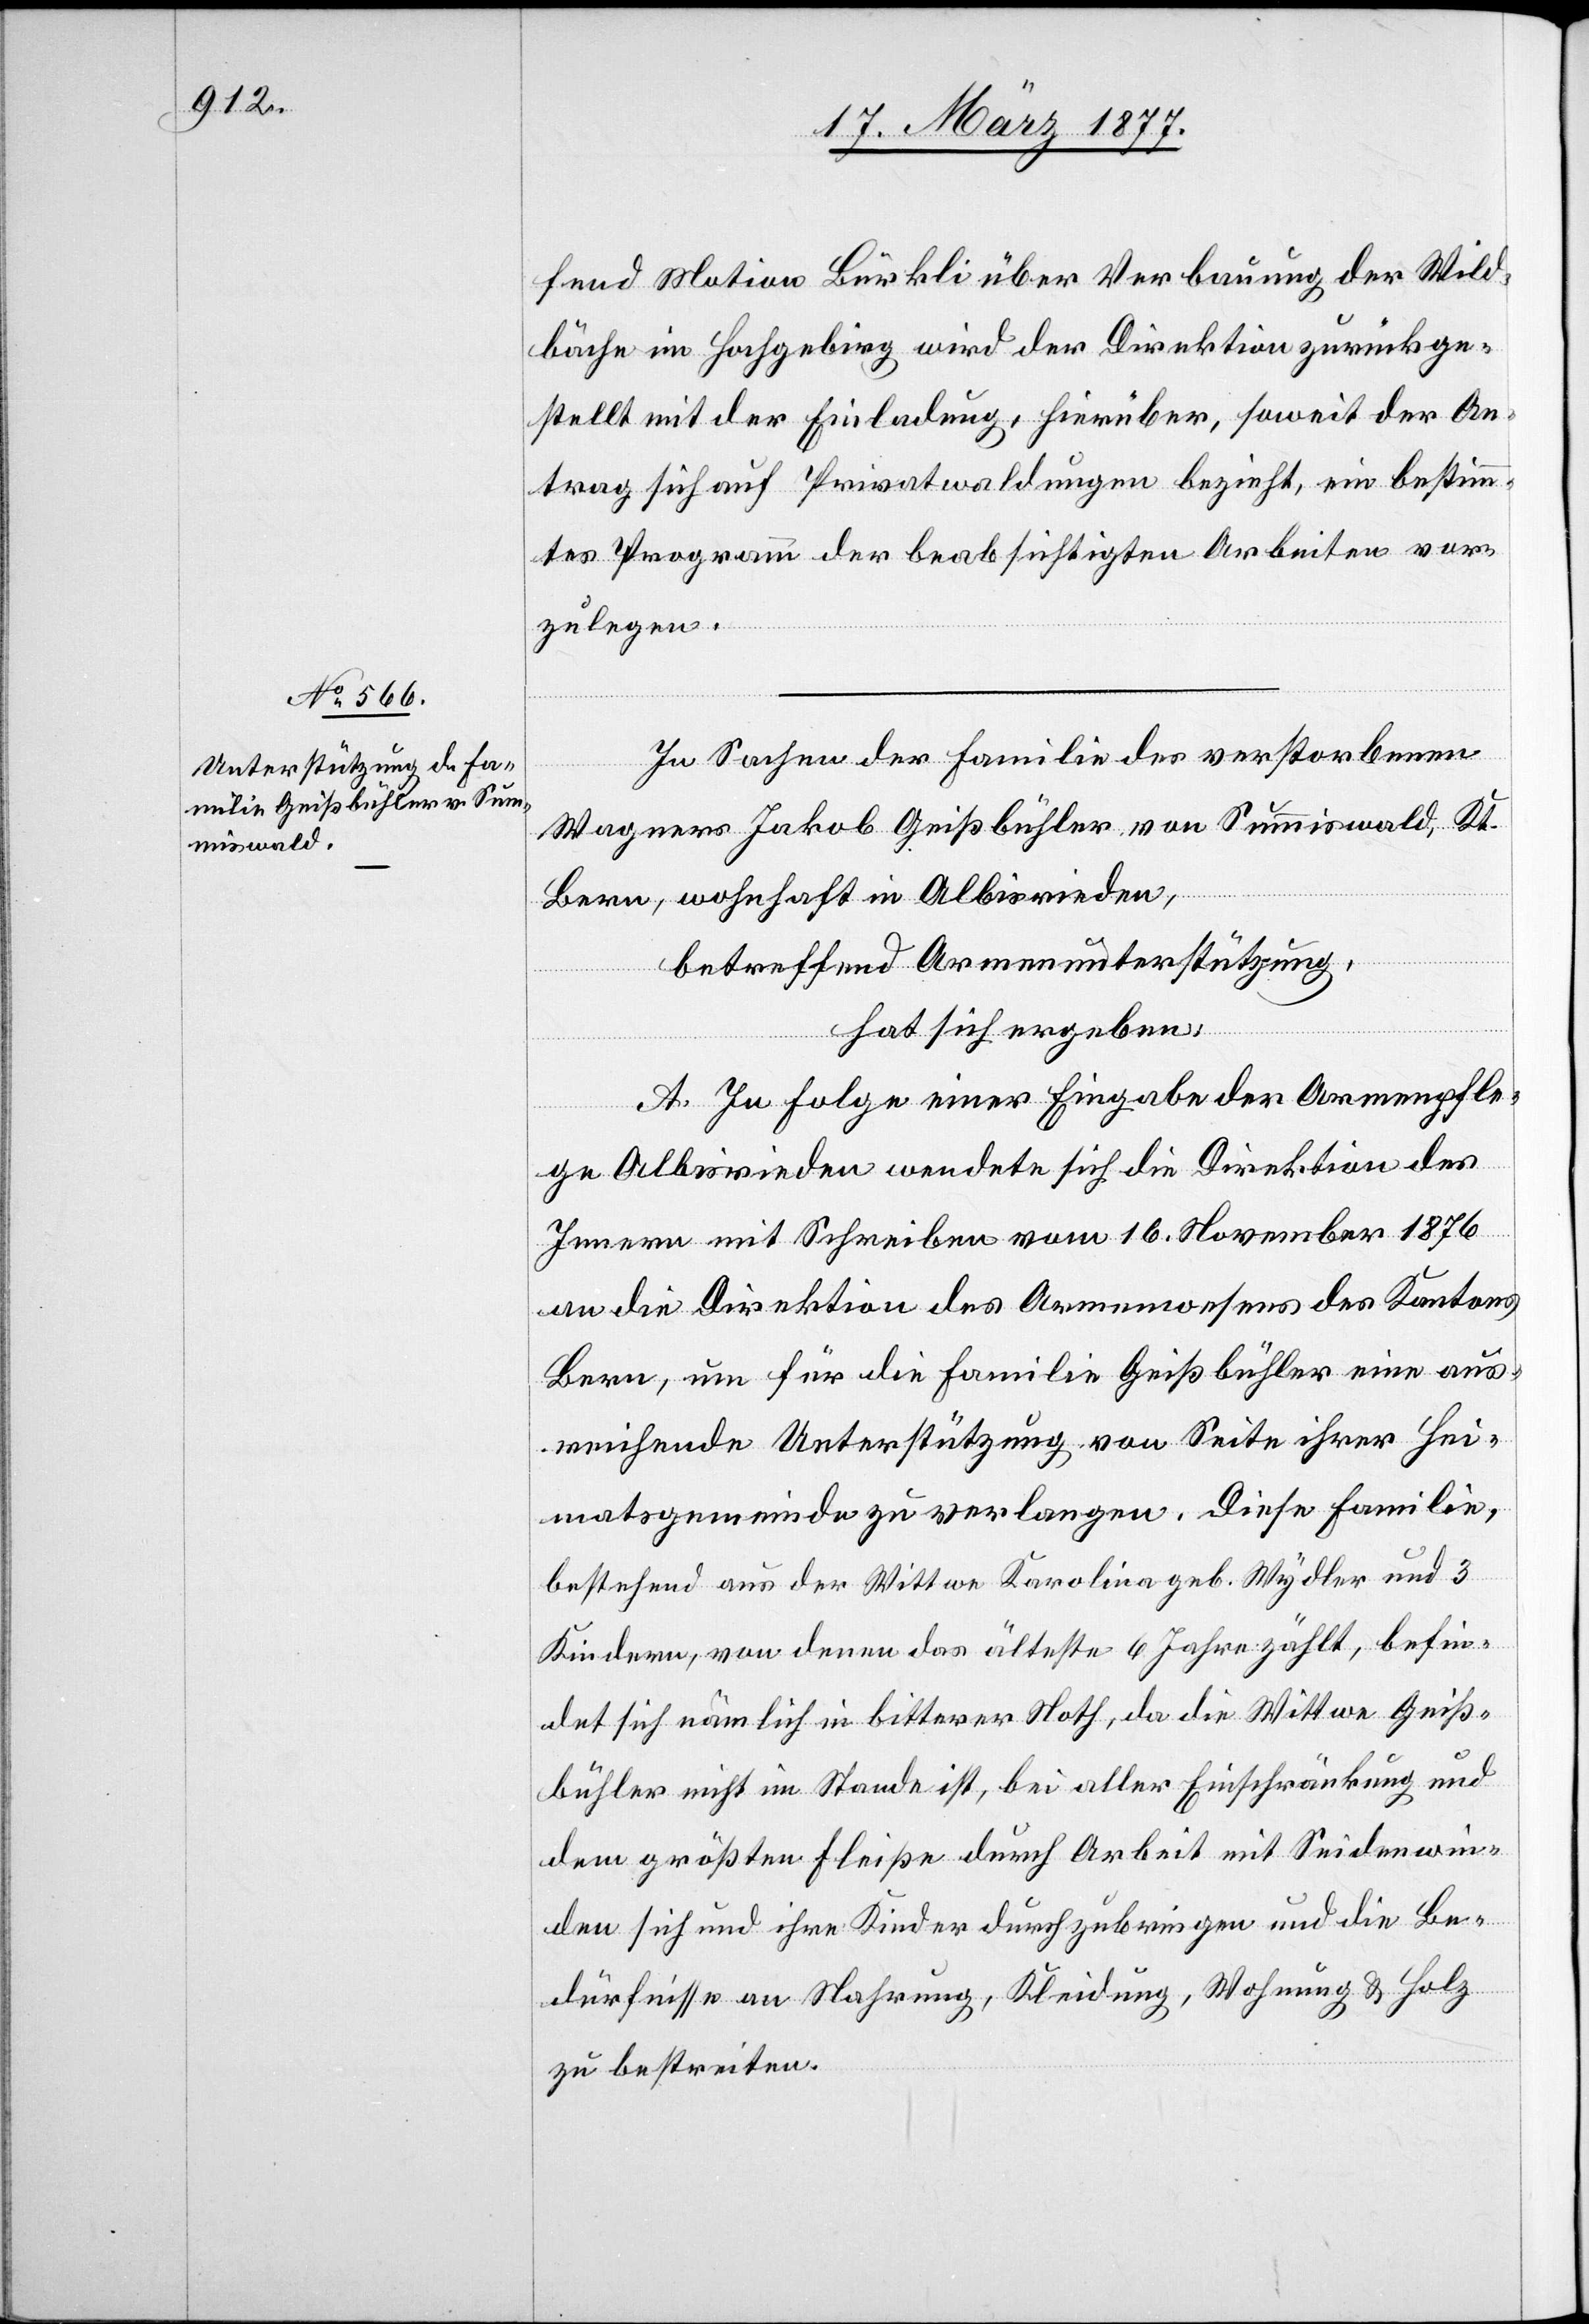
fend Motion Bürkli über Verbauung der Wild¬
bäche im Hochgebirg wird der Direktion zurückge¬
stellt mit der Einladung, hierüber, soweit der An¬
trag sich auf Privatwaldungen bezieht, ein bestimm¬
tes Programm der beabsichtigten Arbeiten vor¬
zulegen.
In Sachen der Familie des verstorbenen
Wagners Jakob Geißbühler von Summiswald, Kt.
Bern, wohnhaft in Albisrieden,
betreffend Armenunterstützung,
hat sich ergeben:
A. In Folge einer Eingabe der Armenpfle¬
ge Albisrieden wendete sich die Direktion des
Innern mit Schreiben vom 16. November 1876
an die Direktion des Armenwesens des Kantons
Bern, um für die Familie Geißbühler eine aus¬
reichende Unterstützung von Seite ihrer Hei¬
matsgemeinde zu verlangen. Diese Familie,
bestehend aus der Wittwe Karolina geb. Wydler und 3
Kindern, von denen das älteste 6 Jahre zählt, befin¬
det sich nämlich in bitterer Noth, da die Wittwe Geiß¬
bühler nicht im Stande ist, bei aller Einschränkung und
dem größten Fleiße durch Arbeit mit Seidenwin¬
den sich und ihre Kinder durchzubringen und die Be¬
dürfnisse an Nahrung, Kleidung, Wohnung & Holz
zu bestreiten.